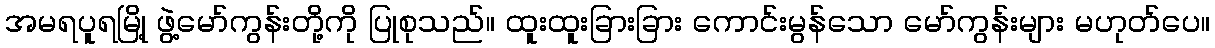
အမရပူရမြို့ ဖွဲ့မော်ကွန်းတို့ကို ပြုစုသည်။ ထူးထူးခြားခြား ကောင်းမွန်သော မော်ကွန်းများ မဟုတ်ပေ။